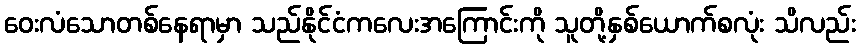
ဝေးလံသောတစ်နေရာမှာ သည်နိုင်ငံကလေးအကြောင်းကို သူတို့နှစ်ယောက်စလုံး သိလည်း